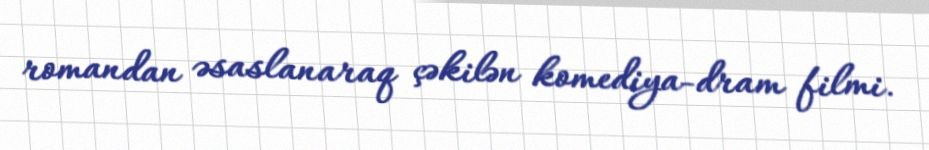
romandan əsaslanaraq çəkilən komediya-dram filmi.